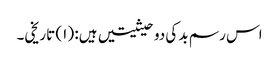
اس رسم بد کی دو حیثیتیں ہیں: (۱) تاریخی۔